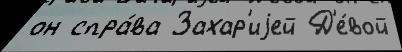
он спра́ва Захар'иjей Д'е́вой